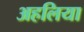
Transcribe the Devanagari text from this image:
अहलिया